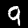
Digit: 9